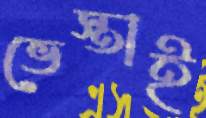
ভেস্তাই